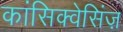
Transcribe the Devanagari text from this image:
कांसिक्वेसिंज़